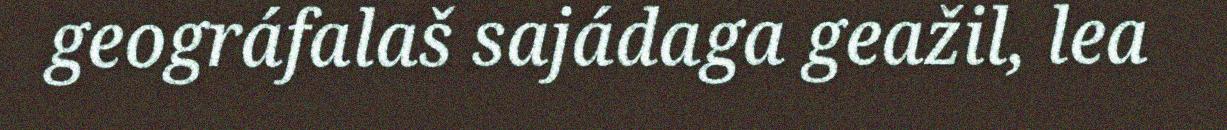
geográfalaš sajádaga geažil, lea